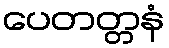
ပေတတ္တနံ